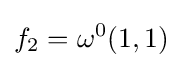
f_{2}=\omega ^{0}(1,1)